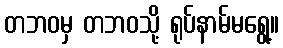
တဘဝမှ တဘဝသို့ ရုပ်နာမ်မရွေ့။